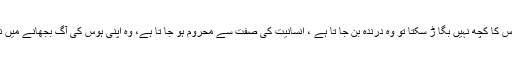
لیکن اگر مجرم کے ذہن میں یہ بات ہو کہ قانون اس کا کچھ نہیں بگا ڑ سکتا تو وہ درندہ بن جا تا ہے ، انسانیت کی صفت سے محروم ہو جا تا ہے، وہ اپنی ہوس کی آگ بجھانے میں نہ دن دیکھے گا اور نہ رات ، نہ اپنے نہ ہی غیر۔